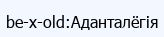
be-x-old:Аданталёгія